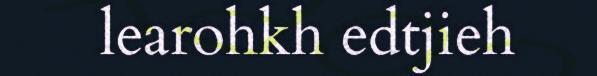
learohkh edtjieh